system: You are a helpful assistant.
user:
Analyze the provided spectrum to determine if it is a **M-type Giant (gM)**.

A M-type Giant spectrum is defined by its **strong molecular absorption** features, particularly from **Titanium Oxide (TiO)**. You must check for one of the following mutually exclusive signatures:

- **Key Visual Indicators (Absorption-Dominated Spectrum):**

    - **(Primary):** The spectrum is dominated by strong molecular absorption from **Titanium Oxide (TiO)**. This is the **defining feature** of its M-type temperature class.
        - **(Key Bandheads):** Look for sharp, "saw-tooth" absorption valleys. The strongest are located near **~7050 Å**, **~6160 Å**, and **~5170 Å**.
        - **(Line Profile):** The "saw-tooth" morphology is critical: a **sharp, steep drop on the BLUE (short-wavelength) side** of the bandhead, followed by a gradual recovery (rising flux) towards the RED (long-wavelength) side.

    - **(Key Confirmation - Giant vs. Dwarf):** **ABSENCE** of strong **Calcium Hydride (CaH)** molecular bands. This is the primary diagnostic for *excluding* M-dwarfs.
        - **(Key Region):** The spectrum should lack the strong, broad absorption band seen in dwarfs between **~6800 Å and ~7000 Å**.

    - **(Secondary Confirmation - Giant):** A very strong and broad **Neutral Calcium (Ca I)** atomic absorption line.
        - **(Key Line):** Located at **~4226 Å**. In a giant (gM), this line is significantly deeper and broader than the same line in an M-dwarf (dM) due to low surface gravity.

    - **(Overall Spectrum):**
        - The continuum is **extremely red-sloping** (i.e., flux is very low in the blue and rises dramatically towards the red).
        - The entire spectrum appears "chopped up" by the deep TiO bands.

Think first, call **spectral_visualization_tool** if needed to examine features in detail, then provide your final answer. Your response must adhere to the following strict rules:
1.  **Overall Structure:** Your response must follow the format `<think>...</think> <tool_call>...</tool_call> (if a tool is used) <answer>...</answer>`.
2.  **Tool Usage Constraint:** You may only make **one** tool call per turn.
3.  **Final Answer Format:** In the `<answer>` tag, your conclusion must be inside a `\boxed{}` command (e.g., `\boxed{YES}` or `\boxed{NO}`), followed by your justification.

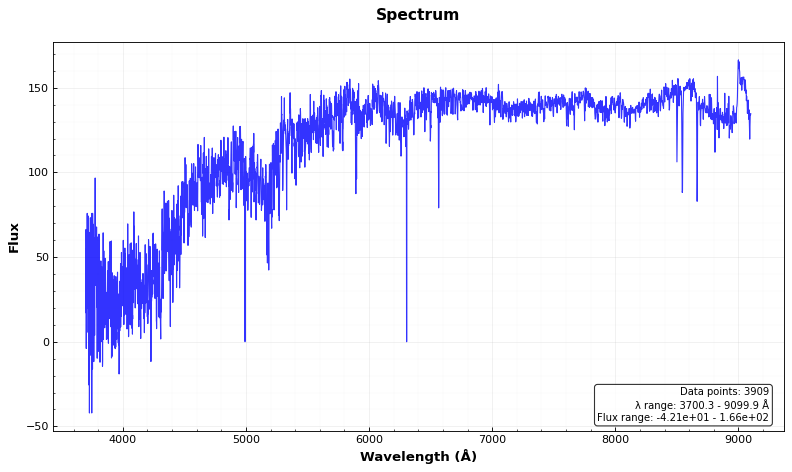
Answer: NO